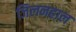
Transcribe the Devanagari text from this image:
जिलनहाल